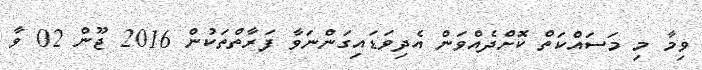
ވިމާ މި މަސައްކަތް ކޮށްދެއްވަން އެދިވަޑައިގަންނަވާ ފަރާތްތަކުން 2016 ޖޫން 02 ވާ